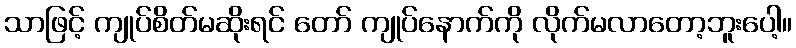
သာဖြင့် ကျုပ်စိတ်မဆိုးရင် တော် ကျုပ်နောက်ကို လိုက်မလာတော့ဘူးပေါ့။